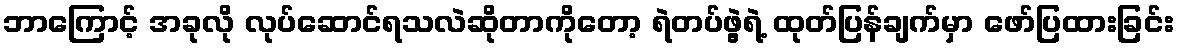
ဘာကြောင့် အခုလို လုပ်ဆောင်ရသလဲဆိုတာကိုတော့ ရဲတပ်ဖွဲ့ရဲ့ ထုတ်ပြန်ချက်မှာ ဖော်ပြထားခြင်း